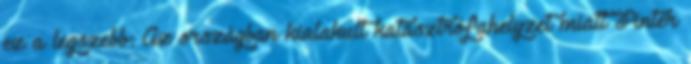
ez a legszebb: Az országban kialakult katasztrófahelyzet miatt Pintér